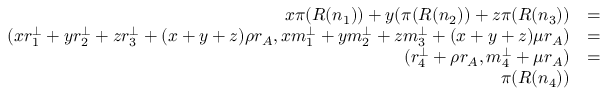
\begin{array} { r l r } { x \pi ( R ( n _ { 1 } ) ) + y ( \pi ( R ( n _ { 2 } ) ) + z \pi ( R ( n _ { 3 } ) ) } & { = } & \\ { ( x r _ { 1 } ^ { \perp } + y r _ { 2 } ^ { \perp } + z r _ { 3 } ^ { \perp } + ( x + y + z ) \rho r _ { A } , x m _ { 1 } ^ { \perp } + y m _ { 2 } ^ { \perp } + z m _ { 3 } ^ { \perp } + ( x + y + z ) \mu r _ { A } ) } & { = } & \\ { ( r _ { 4 } ^ { \perp } + \rho r _ { A } , m _ { 4 } ^ { \perp } + \mu r _ { A } ) } & { = } & \\ { \pi ( R ( n _ { 4 } ) ) } & { } & \end{array}